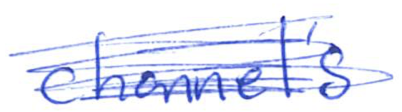
Text: channel's
Cross-out: scratch
Writing tool: ballpoint